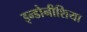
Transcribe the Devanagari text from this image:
इन्डोनीशिया